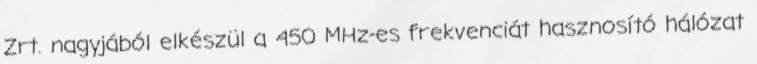
Zrt. nagyjából elkészül a 450 MHz-es frekvenciát hasznosító hálózat